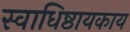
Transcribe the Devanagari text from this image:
स्वाधिष्ठायकाय